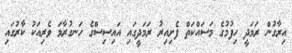
އިރާގުން ރަމަދީ ހިފުމުގެ މަސައްކަތް ފެށިއިރު ރަމަދީގައި އައިސިސްގެ ހަނގުރާމަ ވެރިއަކު ކާރުގައި